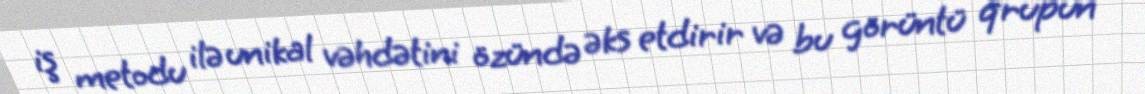
iş metodu ilə unikal vəhdətini özündə əks etdirir və bu görüntü qrupun